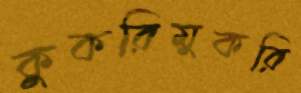
কুকরিমুকরি